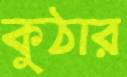
কুঠার